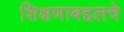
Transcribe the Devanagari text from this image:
शिक्षणाबद्दलचे